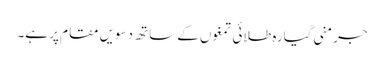
جرمنی گیارہ طلائی تمغوں کے ساتھ دسویں مقام پر ہے۔